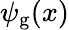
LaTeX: \psi_{\mathrm{g}}(x)